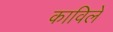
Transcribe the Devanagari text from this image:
काविले